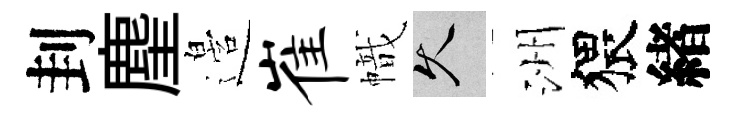
刲麈邉崔幟久洲猥緖